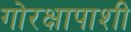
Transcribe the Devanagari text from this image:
गोरक्षापाशी